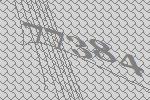
77384